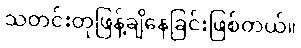
သတင်းတုဖြန့်ချိနေခြင်းဖြစ်တယ်။